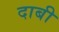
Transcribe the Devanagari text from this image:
दाबी